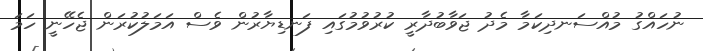
ނުހައްގު މުއްސަނދިކަމާ މެދު ޖަވާބުދާރީ ކުރުވުމުގައި ފަނޑިޔާރުން ވެސް އަމަލުކުރަން ޖެހޭނީ ހަމަ